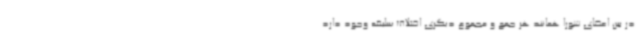
در بین اعضای شورا همانند هر جمع و مجموع دیگری اختلاف سلیقه وجود دارد